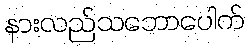
နားလည်သဘောပေါက်